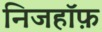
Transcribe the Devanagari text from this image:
निजहॉफ़